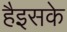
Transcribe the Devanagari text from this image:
हैइसके